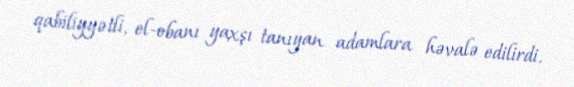
qabiliyyətli, el-obanı yaxşı tanıyan adamlara həvalə edilirdi.